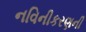
નવિનીકરણની